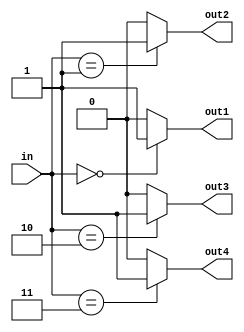
module decoder2_4(
    input [1:0] in,
    output reg out1,
    output reg out2,
    output reg out3,
    output reg out4
);

always @(*) begin
    if(in == 2'b00)
        out1 = 1'b1;
    else
        out1 = 1'b0;
    if(in == 2'b01)
        out2 = 1'b1;
    else
        out2 = 1'b0;
    if(in == 2'b10)
        out3 = 1'b1;
    else
        out3 = 1'b0;
    if(in == 2'b11)
        out4 = 1'b1;
    else
        out4 = 1'b0;
end       

endmodule